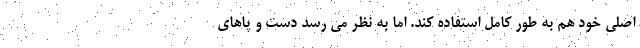
اصلی خود هم به طور کامل استفاده کند. اما به نظر می رسد دست و پاهای